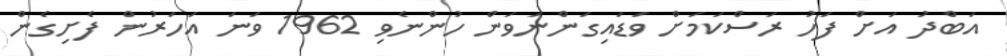
އަބްދު އަށް ފަހު ރަސްކަމަށް ވަޑައިގަންނަވަން ހުންނެވި 1962 ވަނަ އަހަރުން ފެށިގެން